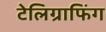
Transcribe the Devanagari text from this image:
टेलिग्राफिंग